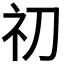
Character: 𥘉